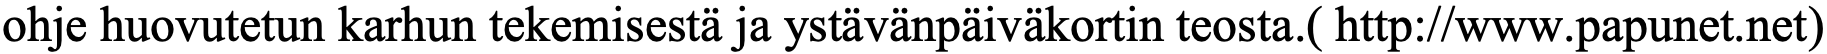
ohje huovutetun karhun tekemisestä ja ystävänpäiväkortin teosta.( http://www.papunet.net)